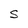
Character: S